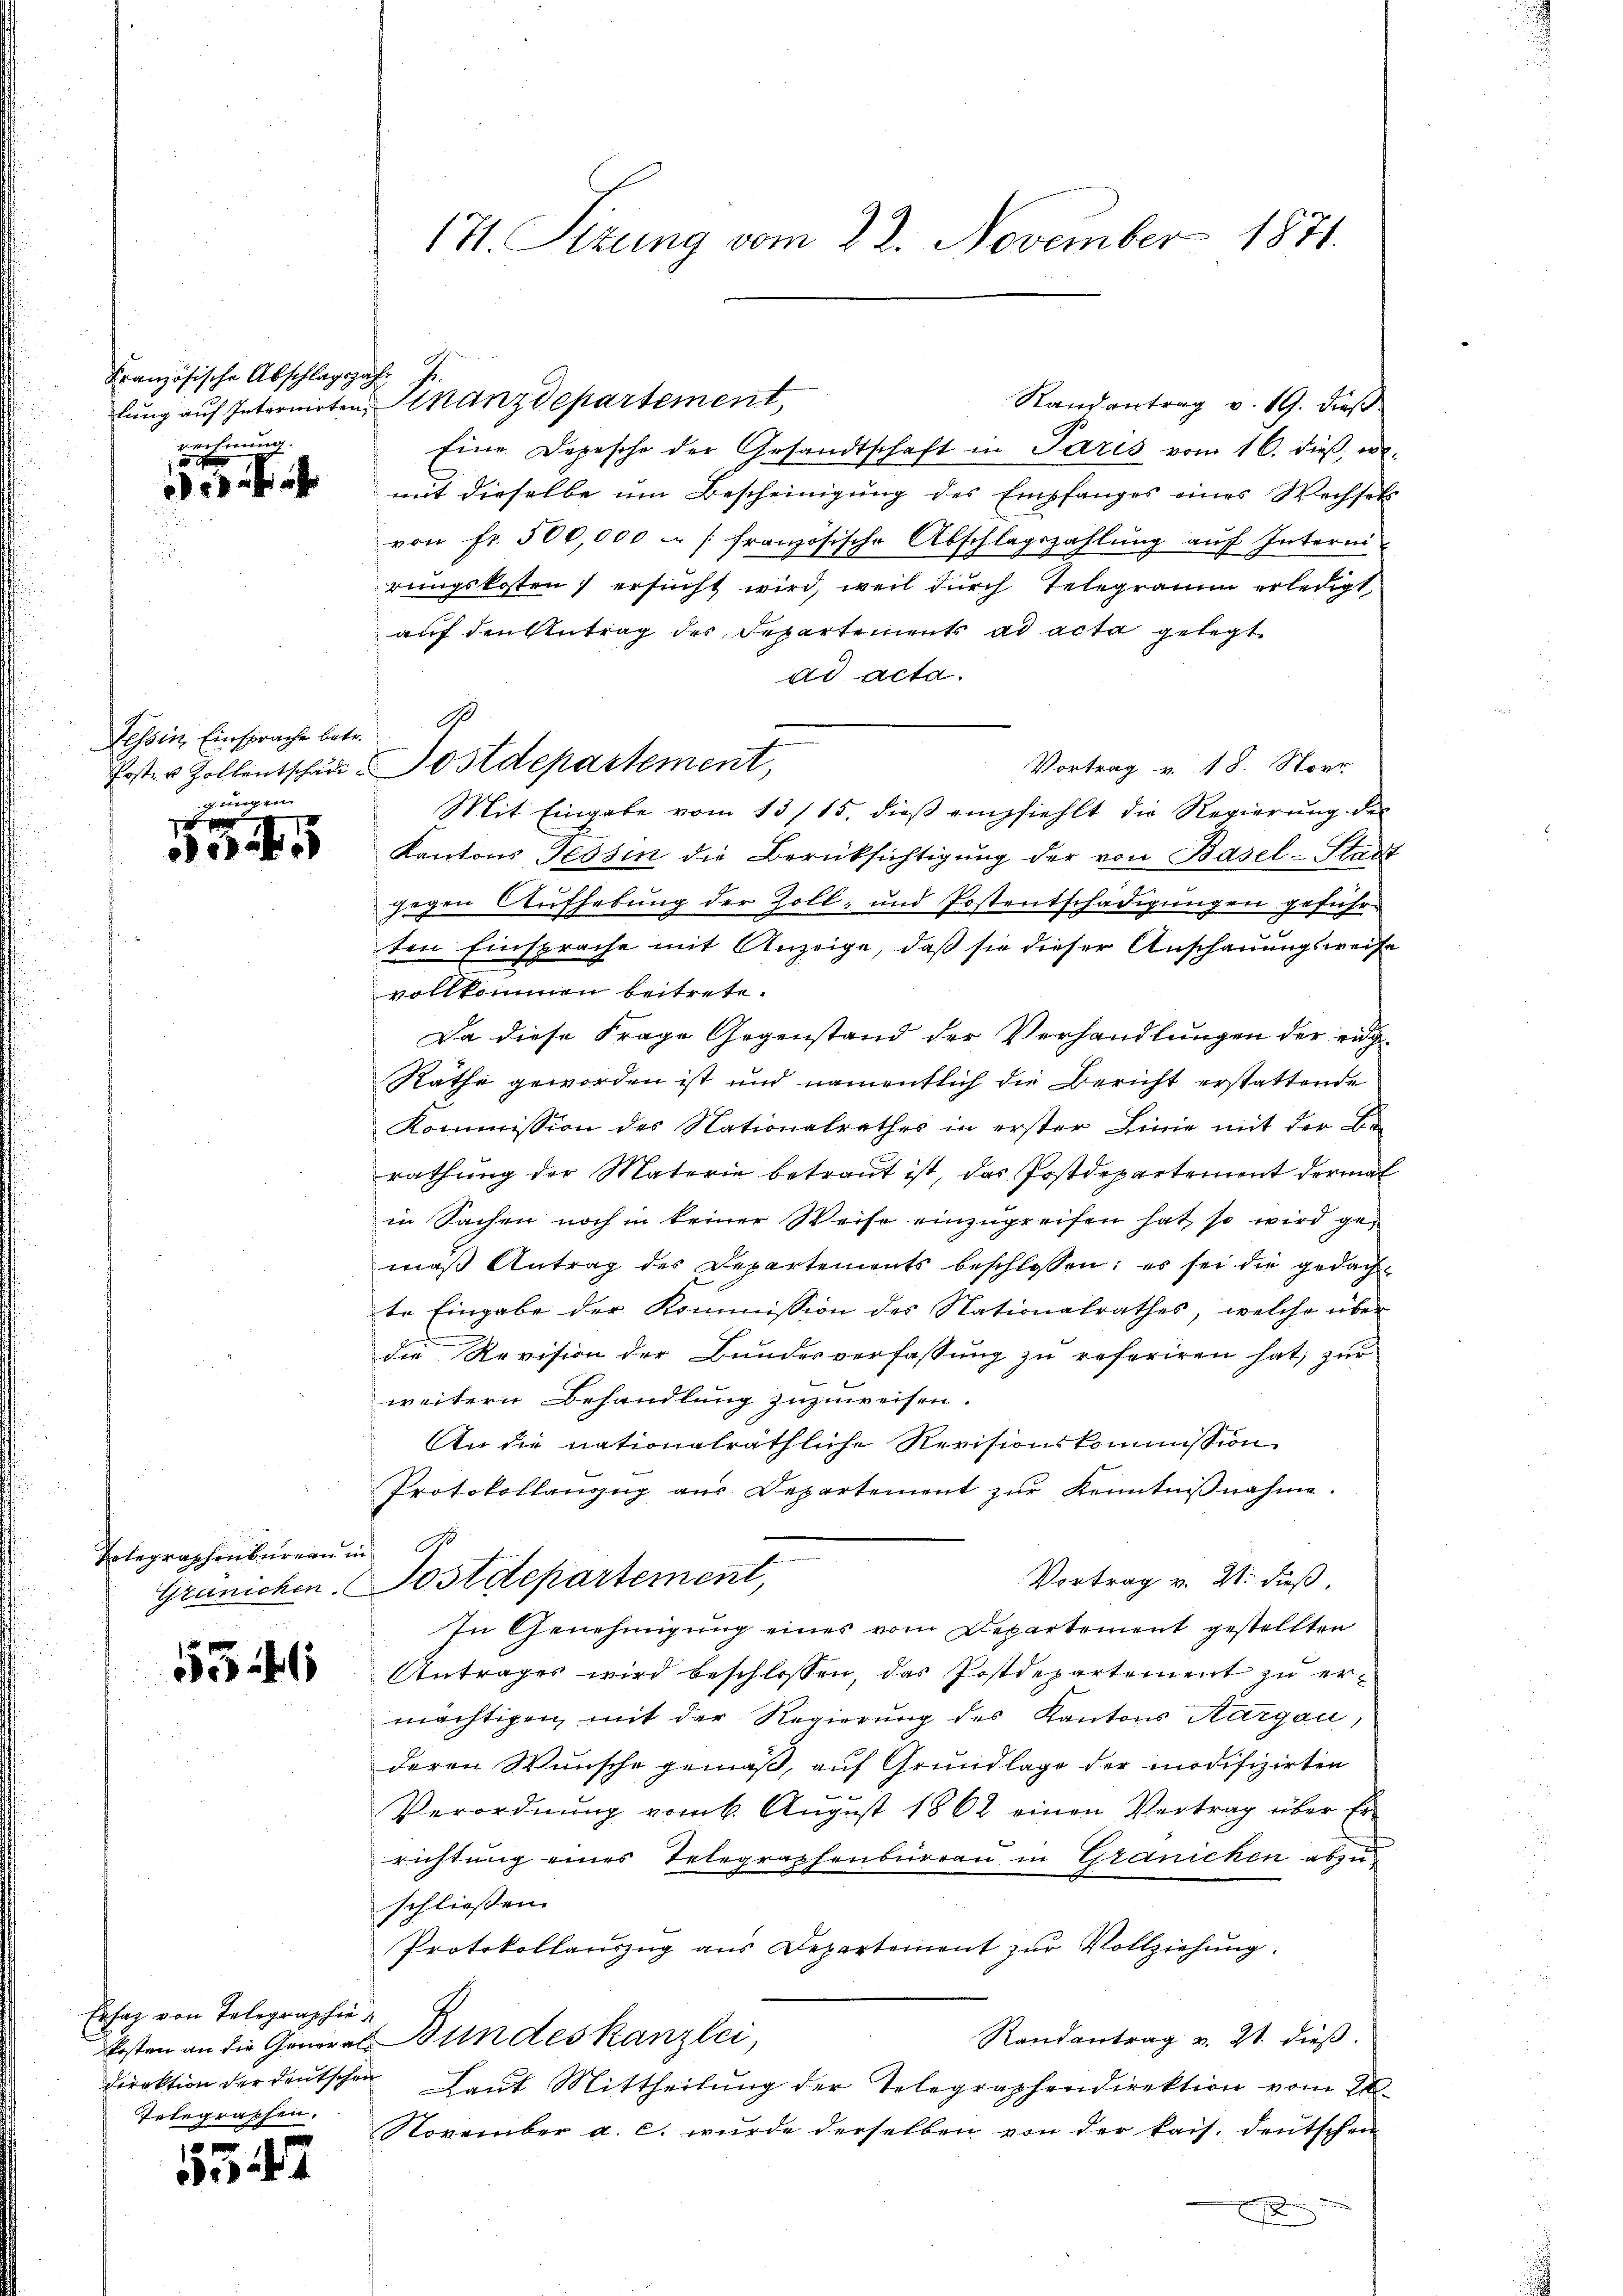
Französische Abschlagszahenches gewesen bei |

Tessin, Einsprache betr.
gungen

o

Telegraphenbureau in

5346

Ersatz von Telegraphie
Telegraphen.

i

Randantrag v. 19. dieß
Eine Depesche der Gesandtschaft in Paris vom 16. dieß, w
mit dieselbe um Bescheinigung des Empfanges eines Wechsetz
von fr. 500,000 . /: französische Abschlagszahlung auf Interni
rungskosten) ersucht wird, weil durch Telegramm erledigt
auf den Antrag des Departements ad acta gelegt
ad acta.
Vortrag v. 18. Stoer
Mit Eingabe vom 13/15. dieβ empfiehlt die Regierŭng des
Kantons Tessin die Berücksichtigung der von Basel-Stadt
gegen Aufhebung der Zoll- und Postentschädigungen geführten Einsprache mit Anzeige, daß sie dieser Anschauungsweise
vollkommen beitrete.
Da diese Frage Gegenstand der Verhandlungen der ei¬
Räthe geworden ist und namentlich die Bericht erstattende
Kommission des Nationalrathes in erster Linie mit der Be-
rathung der Materie betraut ist, das Postdepartement dermal
in Sachen noch in keiner Weise einzugreifen hat, so wird gemäβ Antrag des Departements beschlossen; es sei die gedach
te Eingabe der Kommission des Nationalrathes, welche über
die Revision der Bundesverfassung zu referiren hat, zur
weitern Behandlung zuzuweisen.
An die nationalräthliche Revisionskommission
Protokollanzug aus Departement zŭr Kenntniβnahme.
Vortrag v. 21. dieß,
Gränichen. Postdepartement,
In Genehmigung eines vom Departement gestellten
Antrages wird beschlossen, das Postdepartement zu ermächtigen mit der Regierung des Kantons Aargau,
deren Wunsche gemäß, auf Grundlage der modifizirten
u
Verordnung vom 6. August 1862 einen Vertrag über Errichtung eines Telegraphenbureau in Granicken abzuschließen.
Protokollauszug aus Departement zur Vollziehung.
Randantrag v. 21. dieß.
kosten an die General Bundeskanzlei,
direktion der deutschen Laut Mittheilŭng der Telegraphendirektion vom 24.
November a. c. wurde derselben von der kais. Deutschen
2

171. Sizung vom 22. November 1871.

1.
lŭng auf Internirten Finanzdepartement,

Poster Zollentschäd-Postdepartement,